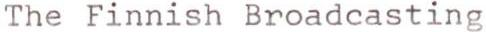
The Finnish Broadcasting